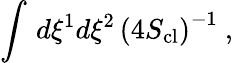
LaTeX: \int\, d\xi^{1}d\xi^{2}\, \left(4S_{\mathrm{cl}}\right)^{-1}\ ,